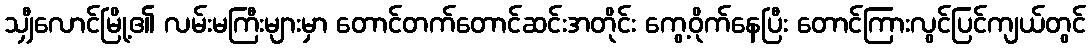
သျှီလောင်မြို့၏ လမ်းမကြီးများမှာ တောင်တက်တောင်ဆင်းအတိုင်း ကွေ့ဝိုက်နေပြီး တောင်ကြားလွင်ပြင်ကျယ်တွင်